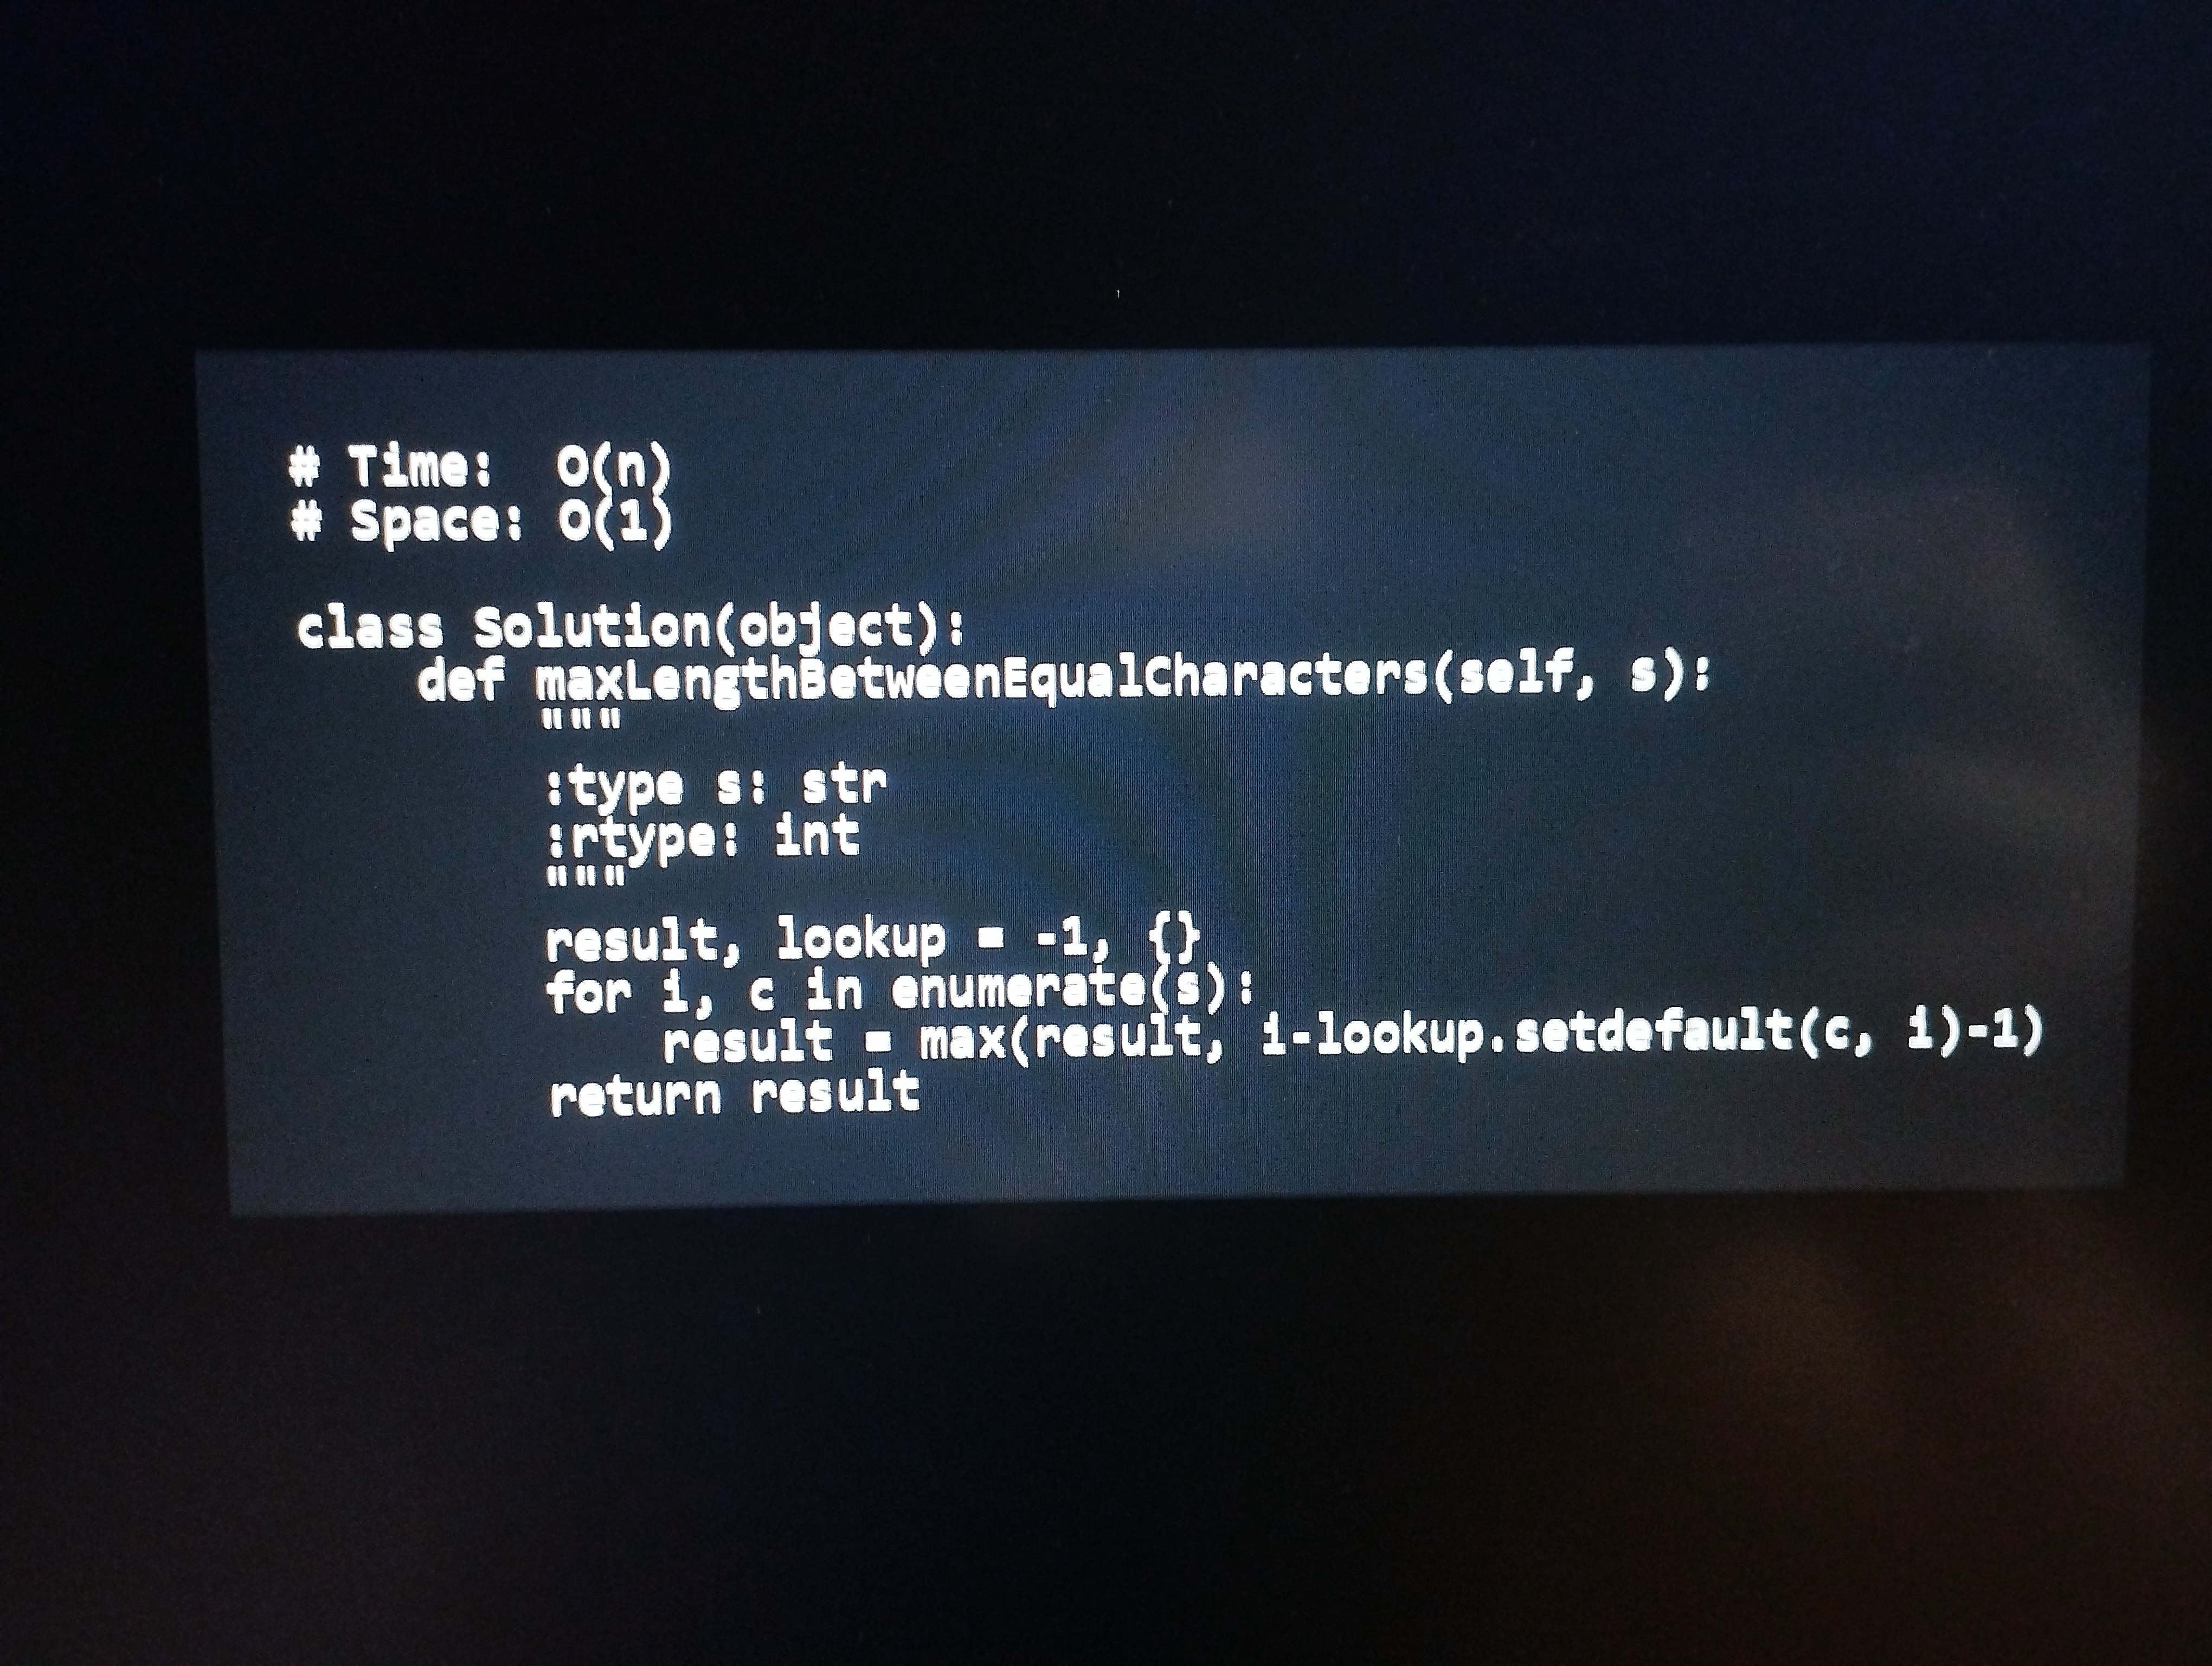
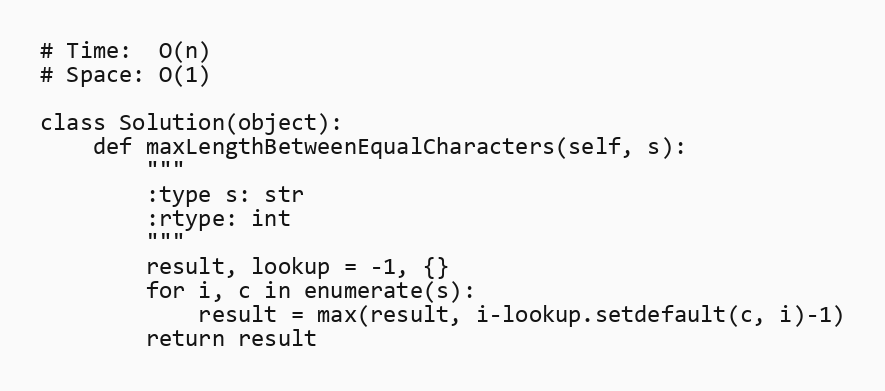
# Time:  O(n)
# Space: O(1)

class Solution(object):
    def maxLengthBetweenEqualCharacters(self, s):
        """
        :type s: str
        :rtype: int
        """
        result, lookup = -1, {}
        for i, c in enumerate(s):
            result = max(result, i-lookup.setdefault(c, i)-1)
        return result